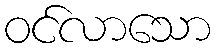
ဝင်လာသော